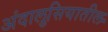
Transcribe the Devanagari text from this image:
अंदालुसियातील